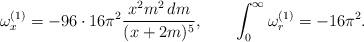
LaTeX: \begin{align*}\omega^{(1)}_x=-96\cdot 16 \pi^2{x^2 m^2 \, dm\over(x+2m)^5},\quad\quad\int_0^\infty \omega^{(1)}_r=-16\pi^2.\end{align*}